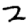
Digit: 2